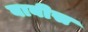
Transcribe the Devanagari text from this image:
बाबीस